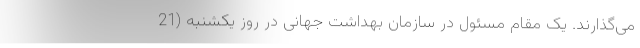
می‌گذارند. یک مقام مسئول در سازمان بهداشت جهانی در روز یکشنبه (21